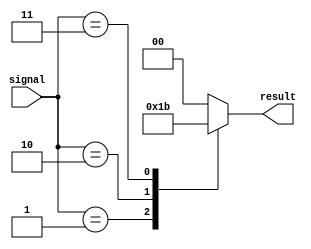
module case_example (
    input wire [3:0] signal,
    output reg [1:0] result
);

always @* begin
    case(signal)
        4'b0000: result = 2'b00;  // Case when signal is 0000
        4'b0001: result = 2'b01;  // Case when signal is 0001
        4'b0010: result = 2'b10;  // Case when signal is 0010
        4'b0011: result = 2'b11;  // Case when signal is 0011
        default: result = 2'b00;  // Default case
    endcase
end

endmodule